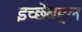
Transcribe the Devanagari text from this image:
इच्छेबद्दल